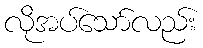
လိုအပ်သော်လည်း